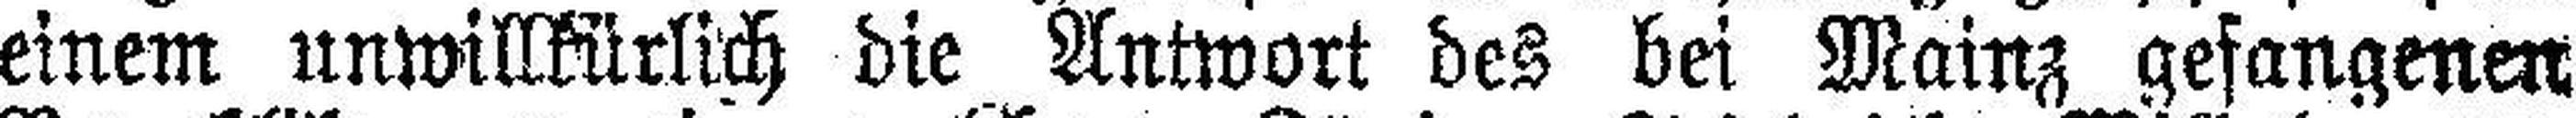
einem unwillkürlich die Antwort des bei Mainz gefangenen